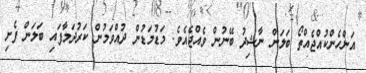
އަންހެންކުއްޖެއްތޯ ބަލަން ނާޝިދު ބޭނުން ވެއްޖެއެވެ. މަޑުމަޑުން ދުއްވަމުން ކަރުދަމާފައި ބަލަން ފެށި